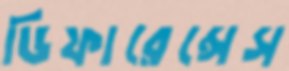
ডিফারেন্সেস